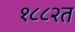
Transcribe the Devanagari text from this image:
१८८२त